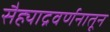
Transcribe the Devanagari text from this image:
सैह्याद्रवर्णनातून